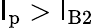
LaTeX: \mathsf{I}_{\mathrm{{p}}}>\mathsf{I}_{\mathrm{{B}}2}